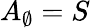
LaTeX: A_{\emptyset}=S